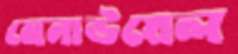
মেনাউয়েল